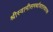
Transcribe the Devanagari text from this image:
श्रीस्वामीसमर्थावतारधारक